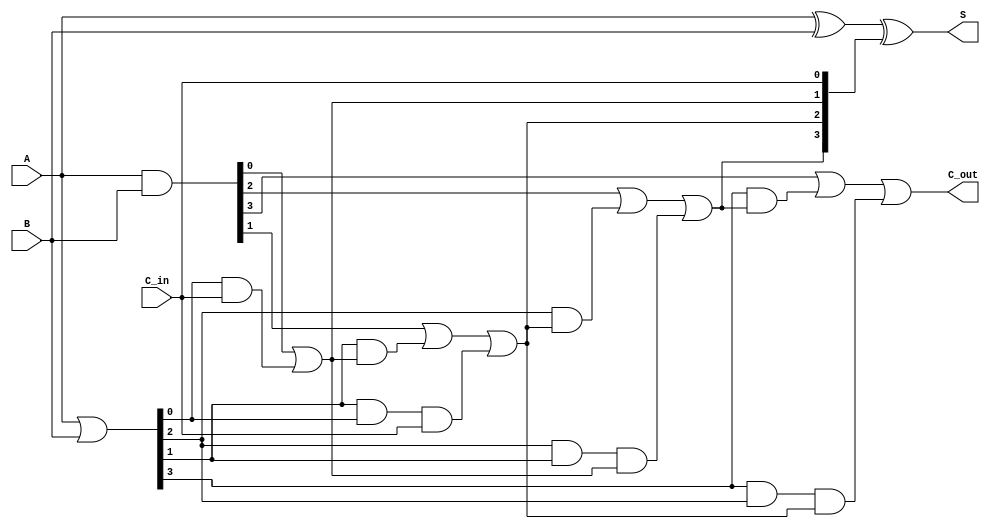
module CarryLookaheadAdder #(parameter n = 4) (
    input  [n-1:0] A,       // First n-bit input
    input  [n-1:0] B,       // Second n-bit input
    input         C_in,     // Carry-in
    output [n-1:0] S,       // Sum output
    output        C_out      // Carry-out
);

    // Generate and Propagate signals
    wire [n-1:0] G; // Generate signals
    wire [n-1:0] P; // Propagate signals
    wire [n:0] C;   // Carry signals

    // Generate and Propagate Logic
    assign G = A & B;         // G[i] = A[i] & B[i]
    assign P = A | B;         // P[i] = A[i] | B[i]

    // Carry Logic
    assign C[0] = C_in; // C[0] = C_in
    genvar i;
    generate
        for (i = 0; i < n; i = i + 1) begin : carry_logic
            if (i == 0) begin
                assign C[i + 1] = G[i] | (P[i] & C[i]); // C[1]
            end else begin
                assign C[i + 1] = G[i] | (P[i] & C[i]) | (P[i] & P[i-1] & C[i-1]); // C[i + 1]
            end
        end
    endgenerate

    // Sum Calculation
    assign S = A ^ B ^ C[n-1:0]; // S[i] = A[i] ^ B[i] ^ C[i]

    // Carry-out
    assign C_out = C[n]; // C_out = C[n]

endmodule